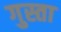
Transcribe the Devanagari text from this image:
गुस्ता